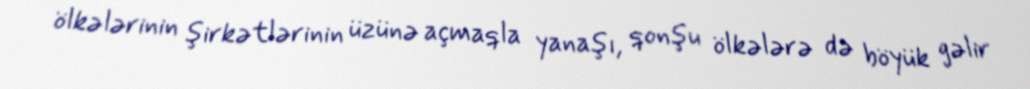
ölkələrinin şirkətlərinin üzünə açmaqla yanaşı, qonşu ölkələrə də böyük gəlir